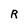
Character: R